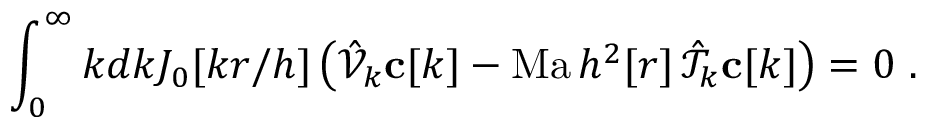
\int _ { 0 } ^ { \infty } k d k J _ { 0 } [ k r / h ] \left( \hat { \mathcal { V } } _ { k } \mathbf { c } [ k ] - \mathrm { M a } \, h ^ { 2 } [ r ] \, \hat { \mathcal { T } } _ { k } \mathbf { c } [ k ] \right) = 0 \ . \